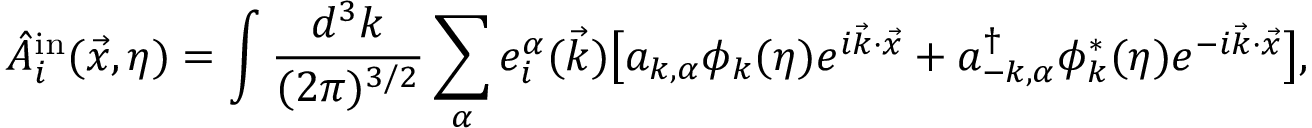
\hat { { \cal A } } _ { i } ^ { \mathrm { i n } } ( \vec { x } , \eta ) = \int \frac { d ^ { 3 } k } { ( 2 \pi ) ^ { 3 / 2 } } \sum _ { \alpha } e _ { i } ^ { \alpha } ( \vec { k } ) \bigl [ a _ { k , \alpha } \phi _ { k } ( \eta ) e ^ { i \vec { k } \cdot \vec { x } } + a _ { - k , \alpha } ^ { \dagger } \phi _ { k } ^ { \ast } ( \eta ) e ^ { - i \vec { k } \cdot \vec { x } } \bigr ] ,